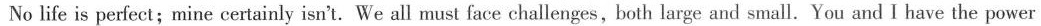
No life is perfect;mine certainly isn't. We all must face challenges,both large and small.You and I have the power